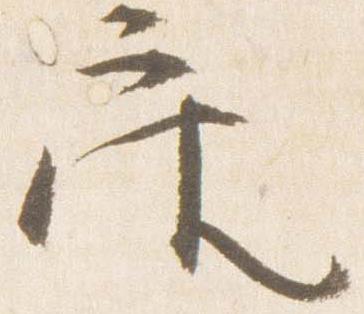
座